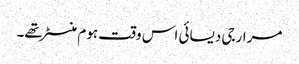
مرارجی دیسائی اس وقت ہوم منسٹر تھے۔